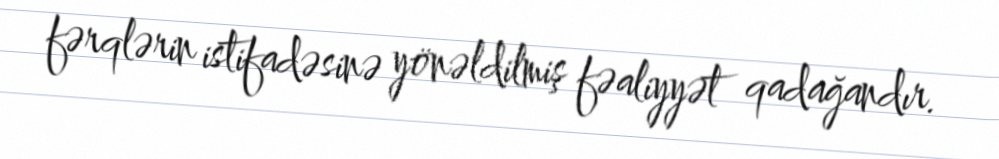
fərqlərin istifadəsinə yönəldilmiş fəaliyyət qadağandır.